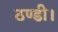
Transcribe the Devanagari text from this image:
ठण्डी।